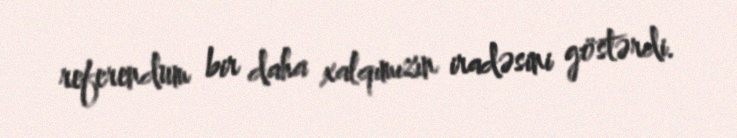
referendum bir daha xalqımızın iradəsini göstərdi.